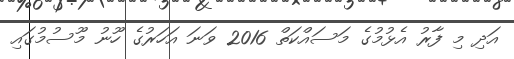
އަދި މި ފާރު އެޅުމުގެ މަސައްކަތް 2016 ވަނަ އަހަރުގެ ހޫނު މޫސުމުގައި